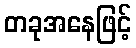
တခုအနေဖြင့်